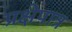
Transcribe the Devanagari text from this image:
प्रक्षेपात्र